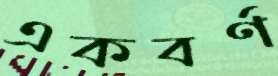
একবর্ণ